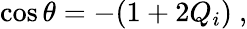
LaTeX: \cos\theta=-(1+2Q_{i})~,